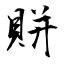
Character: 賆